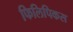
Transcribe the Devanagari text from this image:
फिलिपिकस